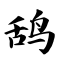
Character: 鸹